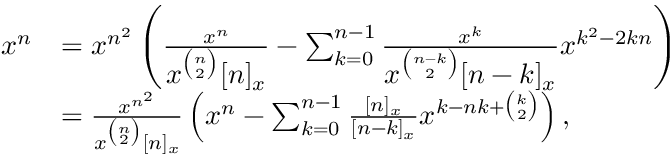
\begin{array} { r l } { x ^ { n } } & { = x ^ { n ^ { 2 } } \left( \frac { x ^ { n } } { \displaystyle x ^ { \binom { n } { 2 } } [ n ] _ { x } } - \sum _ { k = 0 } ^ { n - 1 } \frac { x ^ { k } } { \displaystyle x ^ { \binom { n - k } { 2 } } [ n - k ] _ { x } } x ^ { k ^ { 2 } - 2 k n } \right) } \\ & { = \frac { x ^ { n ^ { 2 } } } { x ^ { \binom { n } { 2 } } [ n ] _ { x } } \left( x ^ { n } - \sum _ { k = 0 } ^ { n - 1 } \frac { [ n ] _ { x } } { [ n - k ] _ { x } } x ^ { k - n k + \binom { k } { 2 } } \right) , } \end{array}